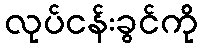
လုပ်ငန်းခွင်ကို